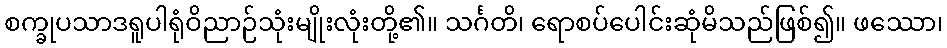
စက္ခုပသာဒရူပါရုံဝိညာဉ်သုံးမျိုးလုံးတို့၏။ သင်္ဂတိ၊ ရောစပ်ပေါင်းဆုံမိသည်ဖြစ်၍။ ဖဿော၊